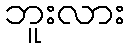
ဘူးလား